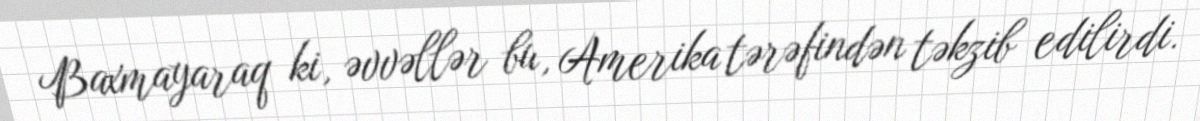
Baxmayaraq ki, əvvəllər bu, Amerika tərəfindən təkzib edilirdi.